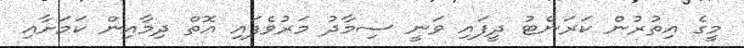
މީގެ އިތުރުން ކަރަންޓު ދީފައި ވަނީ ސިމާދު މަރުވެފައި އޮތް ދިމާއިން ކަމަށާއި